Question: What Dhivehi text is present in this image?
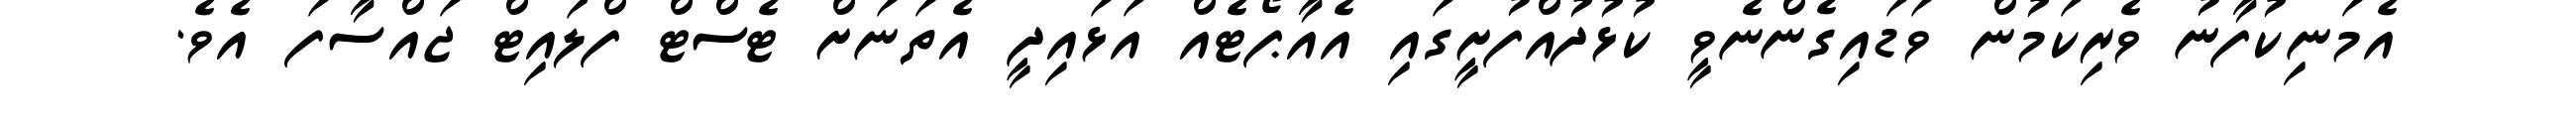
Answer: އެމަނިކުފާނު ވެރިކަމުން ވަޑައިގެންނެވީ ކުޅުދުއްފުށީގައި އެއާޕޯޓެއް އަޅައިދީ އެތަނަށް ޓެސްޓް ފްލައިޓް ޖައްސާފަ އެވެ.